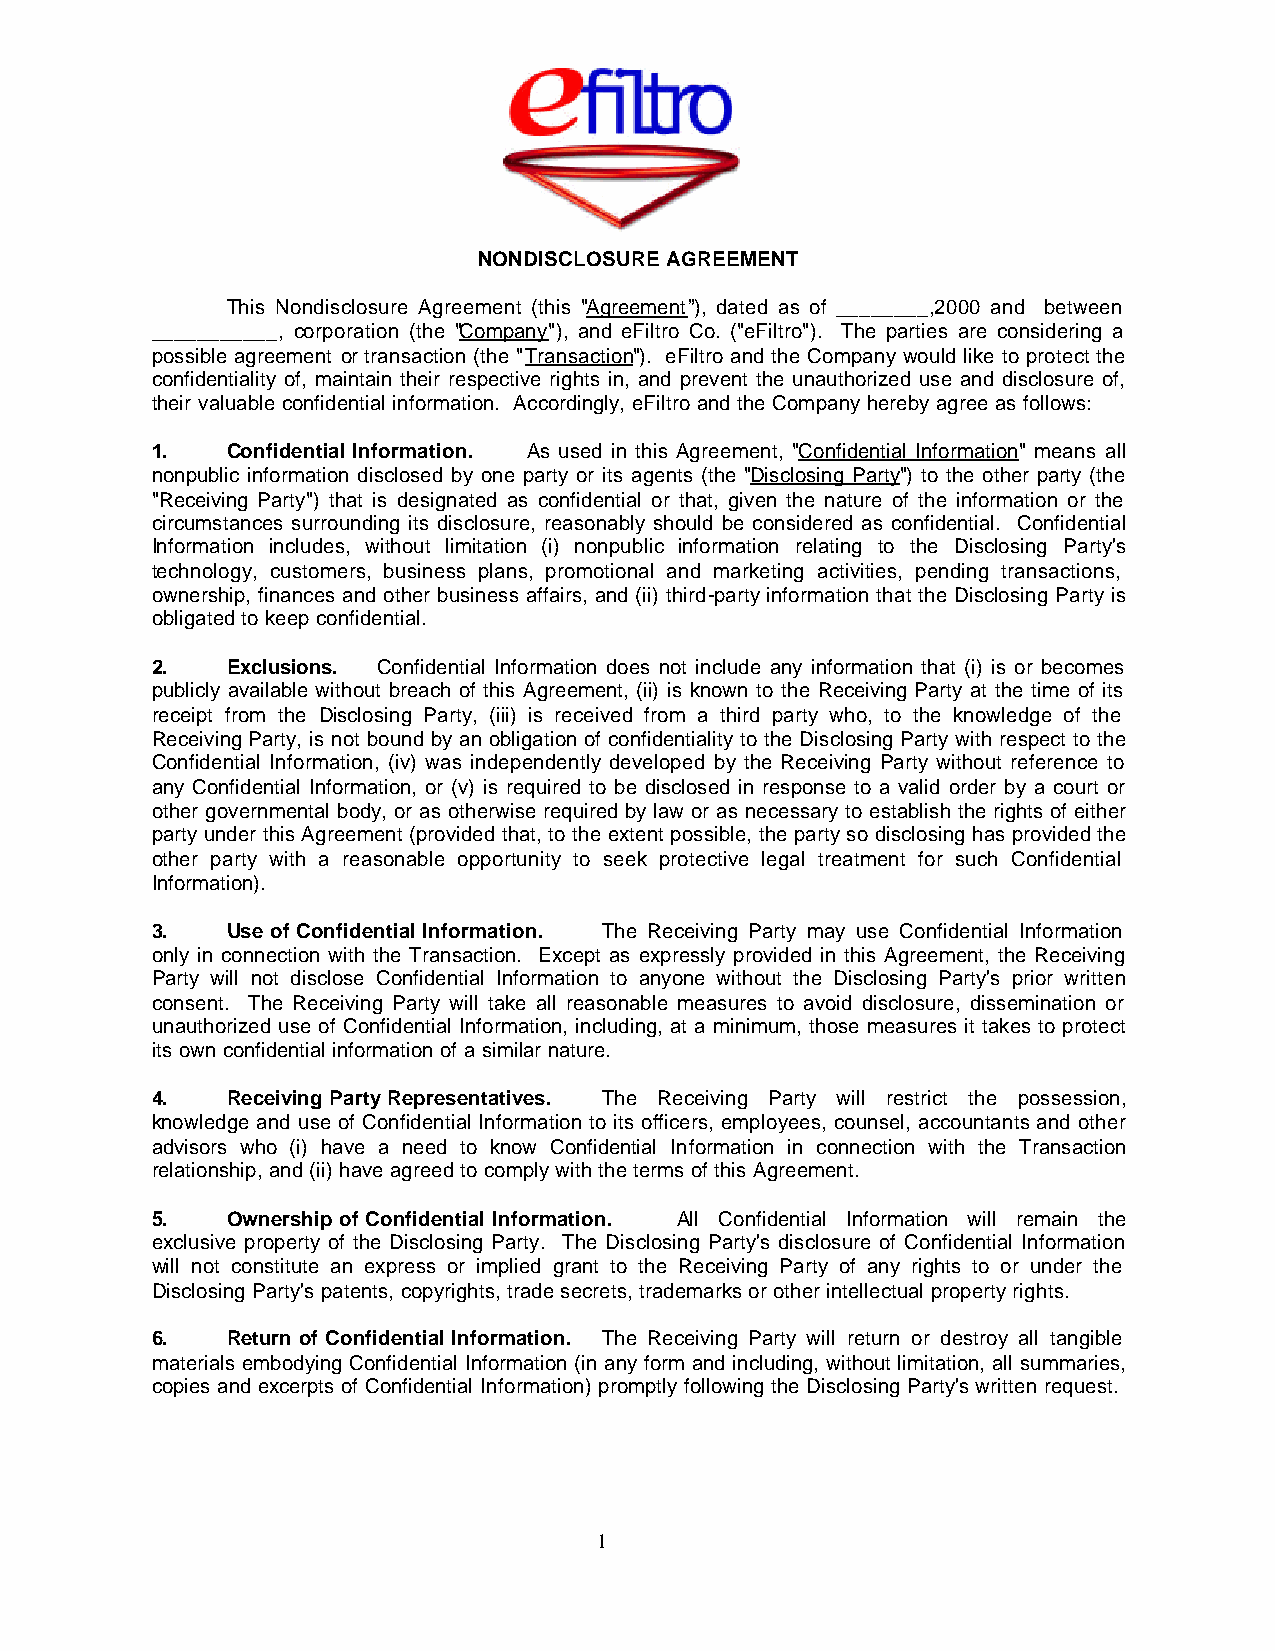
NONDISCLOSURE AGREEMENT
 This Nondisclosure Agreement (this "Agreement”), dated as of ________,2000 and between
 ___________, corporation (the "Company"), and eFiltro Co. ("eFiltro"). The parties are considering a
 possible agreement or transaction (the "Transaction"). eFiltro and the Company would like to protect the
 confidentiality of, maintain their respective rights in, and prevent the unauthorized use and disclosure of,
 their valuable confidential information. Accordingly, eFiltro and the Company hereby agree as follows:
 1.   Confidential Information. As used in this Agreement, "Confidential Information" means all
 nonpublic information disclosed by one party or its agents (the "Disclosing Party") to the other party (the
 "Receiving Party") that is designated as confidential or that, given the nature of the information or the
 circumstances surrounding its disclosure, reasonably should be considered as confidential. Confidential
 Information includes, without limitation (i) nonpublic information relating to the Disclosing Party's
 technology, customers, business plans, promotional and marketing activities, pending transactions,
 ownership, finances and other business affairs, and (ii) third-party information that the Disclosing Party is
 obligated to keep confidential.
 2.   Exclusions. Confidential Information does not include any information that (i) is or becomes
 publicly available without breach of this Agreement, (ii) is known to the Receiving Party at the time of its
 receipt from the Disclosing Party, (iii) is received from a third party who, to the knowledge of the
 Receiving Party, is not bound by an obligation of confidentiality to the Disclosing Party with respect to the
 Confidential Information, (iv) was independently developed by the Receiving Party without reference to
 any Confidential Information, or (v) is required to be disclosed in response to a valid order by a court or
 other governmental body, or as otherwise required by law or as necessary to establish the rights of either
 party under this Agreement (provided that, to the extent possible, the party so disclosing has provided the
 other party with a reasonable opportunity to seek protective legal treatment for such Confidential
 Information).
 3.   Use of Confidential Information. The Receiving Party may use Confidential Information
 only in connection with the Transaction. Except as expressly provided in this Agreement, the Receiving
 Party will not disclose Confidential Information to anyone without the Disclosing Party's prior written
 consent. The Receiving Party will take all reasonable measures to avoid disclosure, dissemination or
 unauthorized use of Confidential Information, including, at a minimum, those measures it takes to protect
 its own confidential information of a similar nature.
 4.   Receiving Party Representatives. The Receiving Party will restrict the possession,
 knowledge and use of Confidential Information to its officers, employees, counsel, accountants and other
 advisors who (i) have a need to know Confidential Information in connection with the Transaction
 relationship, and (ii) have agreed to comply with the terms of this Agreement.
 5.   Ownership of Confidential Information. All Confidential Information will remain the
 exclusive property of the Disclosing Party. The Disclosing Party's disclosure of Confidential Information
 will not constitute an express or implied grant to the Receiving Party of any rights to or under the
 Disclosing Party's patents, copyrights, trade secrets, trademarks or other intellectual property rights.
 6.   Return of Confidential Information. The Receiving Party will return or destroy all tangible
 materials embodying Confidential Information (in any form and including, without limitation, all summaries,
 copies and excerpts of Confidential Information) promptly following the Disclosing Party's written request.
 1